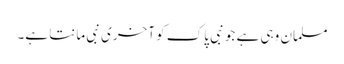
مسلمان وہی ہے جو نبی پاک کو آخری نبی مانتا ہے۔